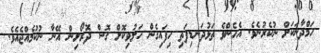
ހަމްދާނަކަށް ނުކެރުނެވެ. އެހެންވެ ތަޅުދަނޑިފަތި ހިފައިގެން ހަލުވިކޮށް ގޮސް ދޮރޯށިން އޭނާ ނުކުމެއްޖެއެވެ.